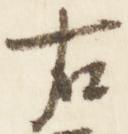
右